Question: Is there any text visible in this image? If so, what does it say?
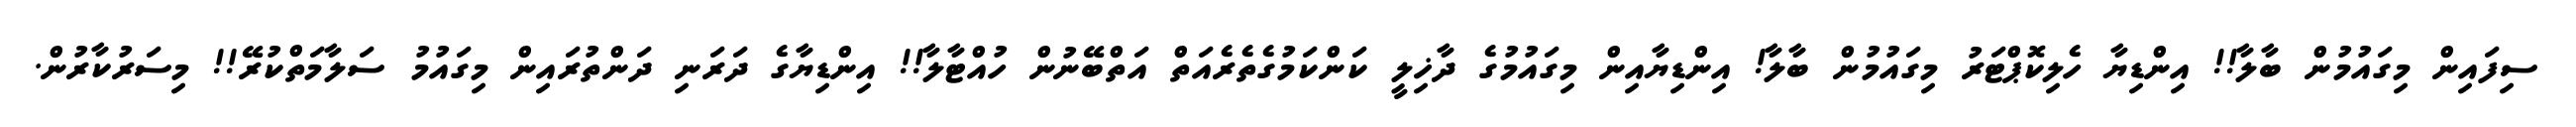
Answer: ސިފައިން މިގައުމުން ބާލާ!! އިންޑިޔާ ހެލިކޮޕްޓަރު މިގައުމުން ބާލާ! އިންޑިޔާއިން މިގައުމުގެ ދާޚިލީ ކަންކަމުގެތެރެއަތް އަތްބޭނުން ހުއްޓާލާ!! އިންޑިޔާގެ ދަރަނި ދަންތުރައިން މިގައުމު ސަލާމަތްކުރޭ!! މިސަރުކާރުން.